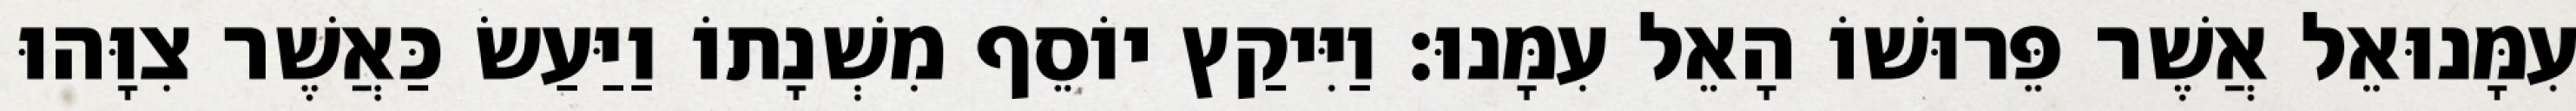
עִמָּנוּאֵל אֲשֶׁר פֵּרוּשׁוֹ הָאֵל עִמָּנוּ׃ וַיִּיקַץ יוֹסֵף מִשְׁנָתוֹ וַיַּעַשׂ כַּאֲשֶׁר צִוָּהוּ